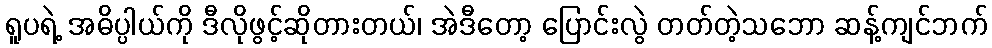
ရူပရဲ့ အဓိပ္ပါယ်ကို ဒီလိုဖွင့်ဆိုတားတယ်၊ အဲဒီတော့ ပြောင်းလွဲ တတ်တဲ့သဘော ဆန့်ကျင်ဘက်